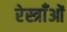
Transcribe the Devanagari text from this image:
रेस्त्राँओं